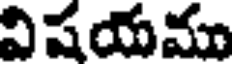
విషయమా